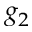
g _ { 2 }